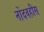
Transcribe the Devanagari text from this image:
नोंदवहीस